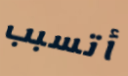
أتسبب